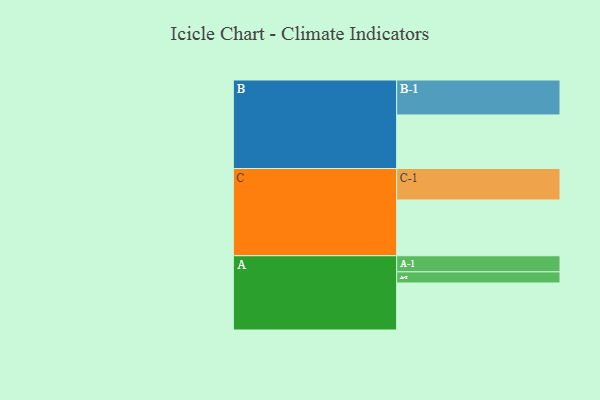
{"axis": {"x": "Segment", "y": "Value"}, "legend": ["", "A", "B", "C"], "data": [{"x": "A", "y": 359, "type": ""}, {"x": "B", "y": 409, "type": ""}, {"x": "C", "y": 426, "type": ""}, {"x": "A-1", "y": 123, "type": "A"}, {"x": "A-2", "y": 85, "type": "A"}, {"x": "B-1", "y": 267, "type": "B"}, {"x": "C-1", "y": 240, "type": "C"}]}